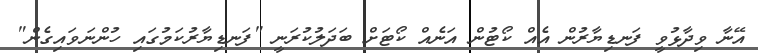
އޭނާ ވިދާޅުވީ ފަނޑިޔާރުން އެއް ކޯޓުން އަނެއް ކޯޓަށް ބަދަލުުކުރަނީ "ފަނޑިޔާރުކަމުގައި ހުންނަވައިގެން"